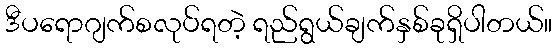
ဒီပရောဂျက်စလုပ်ရတဲ့ ရည်ရွယ်ချက်နှစ်ခုရှိပါတယ်။